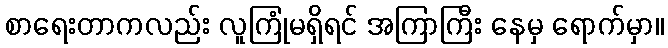
စာရေးတာကလည်း လူကြုံမရှိရင် အကြာကြီး နေမှ ရောက်မှာ။